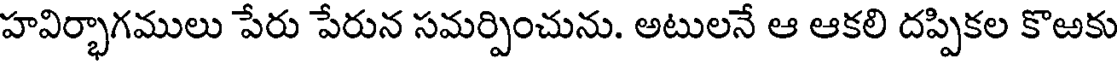
హవిర్భాగములు పేరు పేరున సమర్పించును. అటులనే ఆ ఆకలి దప్పికల కొఱకు